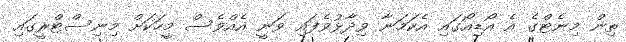
ތިން މިނެޓްގެ އެ އޯޑިއޯގައި އެކަމަނާ ވިދާޅުވެފައި ވަނީ އެއްވެސް މީހަކަށް މިނިސްޓްރީގައި